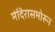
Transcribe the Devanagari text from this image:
मंदिरासमोरुन